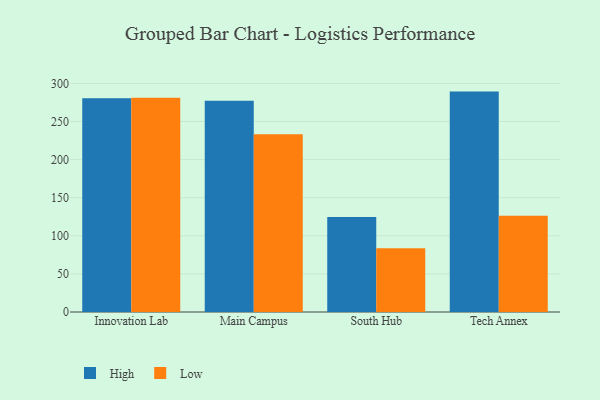
{"axis": {"x": "Campus", "y": "Satisfaction Score"}, "legend": ["High", "Low"], "data": [{"x": "Innovation Lab", "y": 280.5, "type": "High"}, {"x": "Innovation Lab", "y": 281.1, "type": "Low"}, {"x": "Main Campus", "y": 277.2, "type": "High"}, {"x": "Main Campus", "y": 233.2, "type": "Low"}, {"x": "South Hub", "y": 124.8, "type": "High"}, {"x": "South Hub", "y": 83.7, "type": "Low"}, {"x": "Tech Annex", "y": 289.2, "type": "High"}, {"x": "Tech Annex", "y": 126.2, "type": "Low"}]}